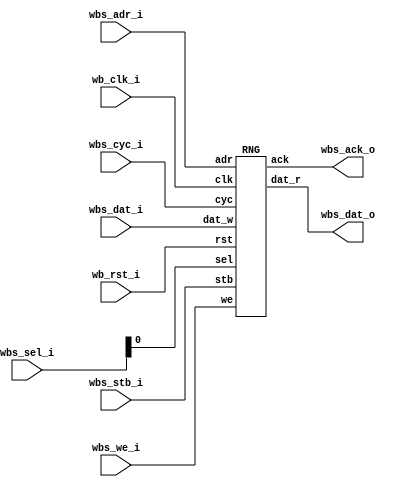
// SPDX-FileCopyrightText: 2020 Efabless Corporation
//
// Licensed under the Apache License, Version 2.0 (the "License");
// you may not use this file except in compliance with the License.
// You may obtain a copy of the License at
//
//      http://www.apache.org/licenses/LICENSE-2.0
//
// Unless required by applicable law or agreed to in writing, software
// distributed under the License is distributed on an "AS IS" BASIS,
// WITHOUT WARRANTIES OR CONDITIONS OF ANY KIND, either express or implied.
// See the License for the specific language governing permissions and
// limitations under the License.
// SPDX-License-Identifier: Apache-2.0

`default_nettype none
/*
 *-------------------------------------------------------------
 *
 * user_proj_example
 *
 * This is an example of a (trivially simple) user project,
 * showing how the user project can connect to the logic
 * analyzer, the wishbone bus, and the I/O pads.
 *
 * This project generates an integer count, which is output
 * on the user area GPIO pads (digital output only).  The
 * wishbone connection allows the project to be controlled
 * (start and stop) from the management SoC program.
 *
 * See the testbenches in directory "mprj_counter" for the
 * example programs that drive this user project.  The three
 * testbenches are "io_ports", "la_test1", and "la_test2".
 *
 *-------------------------------------------------------------
 */

module user_proj_example #(
    parameter BITS = 16
)(
`ifdef USE_POWER_PINS
    inout vccd1,	// User area 1 1.8V supply
    inout vssd1,	// User area 1 digital ground
`endif

    // Wishbone Slave ports (WB MI A)
    input wb_clk_i,
    input wb_rst_i,
    input wbs_stb_i,
    input wbs_cyc_i,
    input wbs_we_i,
    input [3:0] wbs_sel_i,
    input [31:0] wbs_dat_i,
    input [31:0] wbs_adr_i,
    output wbs_ack_o,
    output [31:0] wbs_dat_o
);
    wire [31:0] dat_w;
    wire [31:0] dat_r;
    wire sel;
    wire we;
    wire cyc;
    wire stb;
    wire ack;
    wire clk;
    wire rst;
    wire [31:0] adr;
    
    assign dat_w = wbs_dat_i;
    assign wbs_dat_o = dat_r;
    assign sel = wbs_sel_i[0];
    assign we = wbs_we_i;
    assign cyc = wbs_cyc_i;
    assign stb = wbs_stb_i;
    assign wbs_ack_o = ack;
    assign clk = wb_clk_i;
    assign rst = wb_rst_i;
    assign adr = wbs_adr_i;
    
    RNG RNG(
        .dat_w(dat_w),
        .dat_r(dat_r),
        .sel(sel),
        .we(we),
        .cyc(cyc),
        .stb(stb),
        .ack(ack),
        .clk(clk),
        .rst(rst),
        .adr(adr)
    );

endmodule

module RNG(dat_w, dat_r, sel, we, cyc, stb, ack, clk, rst, adr);
  reg \$auto$verilog_backend.cc:2097:dump_module$1  = 0;
  (* src = "/home/james/Desktop/Efabless/Project/RNG/Amaranth-Python-Scripts/Final+Acks/final+acks.py:27" *)
  wire [31:0] \$1 ;
  (* src = "/home/james/Desktop/Efabless/Project/RNG/Amaranth-Python-Scripts/Final+Acks/final+acks.py:28" *)
  wire [128:0] \$10 ;
  (* src = "/home/james/Desktop/Efabless/Project/RNG/Amaranth-Python-Scripts/Final+Acks/final+acks.py:31" *)
  wire \$12 ;
  (* src = "/home/james/Desktop/Efabless/Project/RNG/Amaranth-Python-Scripts/Final+Acks/final+acks.py:31" *)
  wire \$14 ;
  (* src = "/home/james/Desktop/Efabless/Project/RNG/Amaranth-Python-Scripts/Final+Acks/final+acks.py:31" *)
  wire \$16 ;
  (* src = "/home/james/Desktop/Efabless/Project/RNG/Amaranth-Python-Scripts/Final+Acks/final+acks.py:31" *)
  wire \$18 ;
  (* src = "/home/james/Desktop/Efabless/Project/RNG/Amaranth-Python-Scripts/Final+Acks/final+acks.py:31" *)
  wire \$20 ;
  (* src = "/home/james/Desktop/Efabless/Project/RNG/Amaranth-Python-Scripts/Final+Acks/final+acks.py:27" *)
  wire [31:0] \$3 ;
  (* src = "/home/james/Desktop/Efabless/Project/RNG/Amaranth-Python-Scripts/Final+Acks/final+acks.py:28" *)
  wire [128:0] \$5 ;
  (* src = "/home/james/Desktop/Efabless/Project/RNG/Amaranth-Python-Scripts/Final+Acks/final+acks.py:28" *)
  wire [127:0] \$6 ;
  (* src = "/home/james/Desktop/Efabless/Project/RNG/Amaranth-Python-Scripts/Final+Acks/final+acks.py:28" *)
  wire [128:0] \$8 ;
  (* src = "/home/james/.local/lib/python3.10/site-packages/amaranth/lib/wiring.py:227" *)
  output ack;
  reg ack = 1'h0;
  (* src = "/home/james/.local/lib/python3.10/site-packages/amaranth/lib/wiring.py:227" *)
  reg \ack$next ;
  (* src = "/home/james/.local/lib/python3.10/site-packages/amaranth/lib/wiring.py:227" *)
  input [31:0] adr;
  wire [31:0] adr;
  (* src = "/home/james/.local/lib/python3.10/site-packages/amaranth/hdl/ir.py:508" *)
  input clk;
  wire clk;
  (* src = "/home/james/.local/lib/python3.10/site-packages/amaranth/lib/wiring.py:227" *)
  input cyc;
  wire cyc;
  (* src = "/home/james/.local/lib/python3.10/site-packages/amaranth/lib/wiring.py:227" *)
  output [31:0] dat_r;
  reg [31:0] dat_r;
  (* src = "/home/james/.local/lib/python3.10/site-packages/amaranth/lib/wiring.py:227" *)
  input [31:0] dat_w;
  wire [31:0] dat_w;
  (* src = "/home/james/Desktop/Efabless/Project/RNG/Amaranth-Python-Scripts/Final+Acks/final+acks.py:10" *)
  reg [63:0] increment = 64'h14057b7ef767814f;
  (* src = "/home/james/Desktop/Efabless/Project/RNG/Amaranth-Python-Scripts/Final+Acks/final+acks.py:10" *)
  reg [63:0] \increment$next ;
  (* src = "/home/james/Desktop/Efabless/Project/RNG/Amaranth-Python-Scripts/Final+Acks/final+acks.py:9" *)
  reg [63:0] multiplier = 64'h5851f42d4c957f2d;
  (* src = "/home/james/Desktop/Efabless/Project/RNG/Amaranth-Python-Scripts/Final+Acks/final+acks.py:9" *)
  reg [63:0] \multiplier$next ;
  (* src = "/home/james/Desktop/Efabless/Project/RNG/Amaranth-Python-Scripts/Final+Acks/final+acks.py:13" *)
  wire [31:0] \output ;
  (* src = "/home/james/.local/lib/python3.10/site-packages/amaranth/hdl/ir.py:508" *)
  input rst;
  wire rst;
  (* src = "/home/james/Desktop/Efabless/Project/RNG/Amaranth-Python-Scripts/Final+Acks/final+acks.py:11" *)
  reg [63:0] seed = 64'h123456789abcdef0;
  (* src = "/home/james/Desktop/Efabless/Project/RNG/Amaranth-Python-Scripts/Final+Acks/final+acks.py:11" *)
  reg [63:0] \seed$next ;
  (* src = "/home/james/.local/lib/python3.10/site-packages/amaranth/lib/wiring.py:227" *)
  input sel;
  wire sel;
  (* src = "/home/james/Desktop/Efabless/Project/RNG/Amaranth-Python-Scripts/Final+Acks/final+acks.py:12" *)
  reg [63:0] state = 64'h0000000000000000;
  (* src = "/home/james/Desktop/Efabless/Project/RNG/Amaranth-Python-Scripts/Final+Acks/final+acks.py:12" *)
  reg [63:0] \state$next ;
  (* src = "/home/james/.local/lib/python3.10/site-packages/amaranth/lib/wiring.py:227" *)
  input stb;
  wire stb;
  (* src = "/home/james/.local/lib/python3.10/site-packages/amaranth/lib/wiring.py:227" *)
  input we;
  wire we;
  assign \$12  = cyc & (* src = "/home/james/Desktop/Efabless/Project/RNG/Amaranth-Python-Scripts/Final+Acks/final+acks.py:31" *) stb;
  assign \$14  = cyc & (* src = "/home/james/Desktop/Efabless/Project/RNG/Amaranth-Python-Scripts/Final+Acks/final+acks.py:31" *) stb;
  assign \$16  = cyc & (* src = "/home/james/Desktop/Efabless/Project/RNG/Amaranth-Python-Scripts/Final+Acks/final+acks.py:31" *) stb;
  assign \$18  = cyc & (* src = "/home/james/Desktop/Efabless/Project/RNG/Amaranth-Python-Scripts/Final+Acks/final+acks.py:31" *) stb;
  assign \$20  = cyc & (* src = "/home/james/Desktop/Efabless/Project/RNG/Amaranth-Python-Scripts/Final+Acks/final+acks.py:31" *) stb;
  always @(posedge clk)
    state <= \state$next ;
  always @(posedge clk)
    ack <= \ack$next ;
  always @(posedge clk)
    seed <= \seed$next ;
  always @(posedge clk)
    multiplier <= \multiplier$next ;
  always @(posedge clk)
    increment <= \increment$next ;
  assign \$3  = state[31:0] ^ (* src = "/home/james/Desktop/Efabless/Project/RNG/Amaranth-Python-Scripts/Final+Acks/final+acks.py:27" *) \$1 ;
  assign \$6  = state * (* src = "/home/james/Desktop/Efabless/Project/RNG/Amaranth-Python-Scripts/Final+Acks/final+acks.py:28" *) multiplier;
  assign \$8  = \$6  + (* src = "/home/james/Desktop/Efabless/Project/RNG/Amaranth-Python-Scripts/Final+Acks/final+acks.py:28" *) increment;
  always @* begin
    if (\$auto$verilog_backend.cc:2097:dump_module$1 ) begin end
    \state$next  = \$10 [63:0];
    (* src = "/home/james/.local/lib/python3.10/site-packages/amaranth/hdl/xfrm.py:503" *)
    casez (rst)
      1'h1:
          \state$next  = 64'h0000000000000000;
    endcase
  end
  always @* begin
    if (\$auto$verilog_backend.cc:2097:dump_module$1 ) begin end
    (* full_case = 32'd1 *)
    (* src = "/home/james/Desktop/Efabless/Project/RNG/Amaranth-Python-Scripts/Final+Acks/final+acks.py:31" *)
    casez (\$12 )
      /* src = "/home/james/Desktop/Efabless/Project/RNG/Amaranth-Python-Scripts/Final+Acks/final+acks.py:31" */
      1'h1:
          \ack$next  = 1'h1;
      /* src = "/home/james/Desktop/Efabless/Project/RNG/Amaranth-Python-Scripts/Final+Acks/final+acks.py:48" */
      default:
          \ack$next  = 1'h0;
    endcase
    (* src = "/home/james/.local/lib/python3.10/site-packages/amaranth/hdl/xfrm.py:503" *)
    casez (rst)
      1'h1:
          \ack$next  = 1'h0;
    endcase
  end
  always @* begin
    if (\$auto$verilog_backend.cc:2097:dump_module$1 ) begin end
    dat_r = 32'd0;
    (* src = "/home/james/Desktop/Efabless/Project/RNG/Amaranth-Python-Scripts/Final+Acks/final+acks.py:31" *)
    casez (\$14 )
      /* src = "/home/james/Desktop/Efabless/Project/RNG/Amaranth-Python-Scripts/Final+Acks/final+acks.py:31" */
      1'h1:
          (* src = "/home/james/Desktop/Efabless/Project/RNG/Amaranth-Python-Scripts/Final+Acks/final+acks.py:33" *)
          casez (adr)
            /* src = "/home/james/Desktop/Efabless/Project/RNG/Amaranth-Python-Scripts/Final+Acks/final+acks.py:34" */
            32'd0:
                dat_r = \output ;
          endcase
    endcase
  end
  always @* begin
    if (\$auto$verilog_backend.cc:2097:dump_module$1 ) begin end
    \seed$next  = seed;
    (* src = "/home/james/Desktop/Efabless/Project/RNG/Amaranth-Python-Scripts/Final+Acks/final+acks.py:31" *)
    casez (\$16 )
      /* src = "/home/james/Desktop/Efabless/Project/RNG/Amaranth-Python-Scripts/Final+Acks/final+acks.py:31" */
      1'h1:
          (* src = "/home/james/Desktop/Efabless/Project/RNG/Amaranth-Python-Scripts/Final+Acks/final+acks.py:33" *)
          casez (adr)
            /* src = "/home/james/Desktop/Efabless/Project/RNG/Amaranth-Python-Scripts/Final+Acks/final+acks.py:34" */
            32'd0:
                /* empty */;
            /* src = "/home/james/Desktop/Efabless/Project/RNG/Amaranth-Python-Scripts/Final+Acks/final+acks.py:36" */
            32'd1:
                \seed$next [63:32] = dat_w;
            /* src = "/home/james/Desktop/Efabless/Project/RNG/Amaranth-Python-Scripts/Final+Acks/final+acks.py:38" */
            32'd2:
                \seed$next [31:0] = dat_w;
          endcase
    endcase
    (* src = "/home/james/.local/lib/python3.10/site-packages/amaranth/hdl/xfrm.py:503" *)
    casez (rst)
      1'h1:
          \seed$next  = 64'h123456789abcdef0;
    endcase
  end
  always @* begin
    if (\$auto$verilog_backend.cc:2097:dump_module$1 ) begin end
    \multiplier$next  = multiplier;
    (* src = "/home/james/Desktop/Efabless/Project/RNG/Amaranth-Python-Scripts/Final+Acks/final+acks.py:31" *)
    casez (\$18 )
      /* src = "/home/james/Desktop/Efabless/Project/RNG/Amaranth-Python-Scripts/Final+Acks/final+acks.py:31" */
      1'h1:
          (* src = "/home/james/Desktop/Efabless/Project/RNG/Amaranth-Python-Scripts/Final+Acks/final+acks.py:33" *)
          casez (adr)
            /* src = "/home/james/Desktop/Efabless/Project/RNG/Amaranth-Python-Scripts/Final+Acks/final+acks.py:34" */
            32'd0:
                /* empty */;
            /* src = "/home/james/Desktop/Efabless/Project/RNG/Amaranth-Python-Scripts/Final+Acks/final+acks.py:36" */
            32'd1:
                /* empty */;
            /* src = "/home/james/Desktop/Efabless/Project/RNG/Amaranth-Python-Scripts/Final+Acks/final+acks.py:38" */
            32'd2:
                /* empty */;
            /* src = "/home/james/Desktop/Efabless/Project/RNG/Amaranth-Python-Scripts/Final+Acks/final+acks.py:40" */
            32'd3:
                \multiplier$next [63:32] = dat_w;
            /* src = "/home/james/Desktop/Efabless/Project/RNG/Amaranth-Python-Scripts/Final+Acks/final+acks.py:42" */
            32'd4:
                \multiplier$next [31:0] = dat_w;
          endcase
    endcase
    (* src = "/home/james/.local/lib/python3.10/site-packages/amaranth/hdl/xfrm.py:503" *)
    casez (rst)
      1'h1:
          \multiplier$next  = 64'h5851f42d4c957f2d;
    endcase
  end
  always @* begin
    if (\$auto$verilog_backend.cc:2097:dump_module$1 ) begin end
    \increment$next  = increment;
    (* src = "/home/james/Desktop/Efabless/Project/RNG/Amaranth-Python-Scripts/Final+Acks/final+acks.py:31" *)
    casez (\$20 )
      /* src = "/home/james/Desktop/Efabless/Project/RNG/Amaranth-Python-Scripts/Final+Acks/final+acks.py:31" */
      1'h1:
          (* src = "/home/james/Desktop/Efabless/Project/RNG/Amaranth-Python-Scripts/Final+Acks/final+acks.py:33" *)
          casez (adr)
            /* src = "/home/james/Desktop/Efabless/Project/RNG/Amaranth-Python-Scripts/Final+Acks/final+acks.py:34" */
            32'd0:
                /* empty */;
            /* src = "/home/james/Desktop/Efabless/Project/RNG/Amaranth-Python-Scripts/Final+Acks/final+acks.py:36" */
            32'd1:
                /* empty */;
            /* src = "/home/james/Desktop/Efabless/Project/RNG/Amaranth-Python-Scripts/Final+Acks/final+acks.py:38" */
            32'd2:
                /* empty */;
            /* src = "/home/james/Desktop/Efabless/Project/RNG/Amaranth-Python-Scripts/Final+Acks/final+acks.py:40" */
            32'd3:
                /* empty */;
            /* src = "/home/james/Desktop/Efabless/Project/RNG/Amaranth-Python-Scripts/Final+Acks/final+acks.py:42" */
            32'd4:
                /* empty */;
            /* src = "/home/james/Desktop/Efabless/Project/RNG/Amaranth-Python-Scripts/Final+Acks/final+acks.py:44" */
            32'd5:
                \increment$next [63:32] = dat_w;
            /* src = "/home/james/Desktop/Efabless/Project/RNG/Amaranth-Python-Scripts/Final+Acks/final+acks.py:46" */
            32'd6:
                \increment$next [31:0] = dat_w;
          endcase
    endcase
    (* src = "/home/james/.local/lib/python3.10/site-packages/amaranth/hdl/xfrm.py:503" *)
    casez (rst)
      1'h1:
          \increment$next  = 64'h14057b7ef767814f;
    endcase
  end
  assign \$5  = \$10 ;
  assign \output  = \$3 ;
  assign \$1  = { 18'h00000, state[63:50] };
  assign \$10 [128:64] = 65'h00000000000000000;
  assign \$10 [63:0] = \$8 [63:0];
endmodule


`default_nettype wire